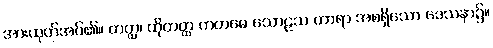
အားထုတ်အပ်၏။ တတ္ထ၊ ထိုတတ္ထ ကတမေ သောဠသ ဟာရာ အစရှိသော ဒေသနာ၌။